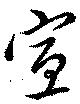
宣